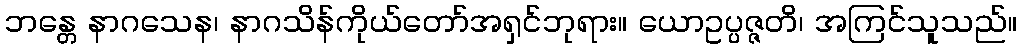
ဘန္တေ နာဂသေန၊ နာဂသိန်ကိုယ်တော်အရှင်ဘုရား။ ယောဥပ္ပဇ္ဇတိ၊ အကြင်သူသည်။